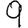
Digit: 9